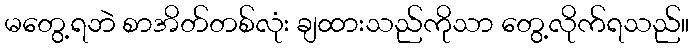
မတွေ့ရဘဲ စာအိတ်တစ်လုံး ချထားသည်ကိုသာ တွေ့လိုက်ရသည်။